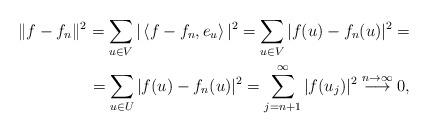
LaTeX: \begin{align*} \|f-f_n\|^2 = \sum_{u\in V} |\left< f-f_n,e_u\right>|^2= \sum_{u\in V} |f(u)-f_n(u)|^2 =\\ = \sum_{u\in U} |f(u)-f_n(u)|^2 = \sum_{j=n+1}^\infty |f(u_j)|^2 \stackrel{n\to\infty}{\longrightarrow} 0, \end{align*}